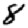
Digit: 8